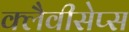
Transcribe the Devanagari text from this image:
क्लैवीसेप्स